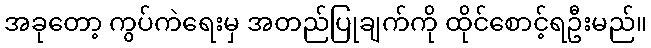
အခုတော့ ကွပ်ကဲရေးမှ အတည်ပြုချက်ကို ထိုင်စောင့်ရဦးမည်။